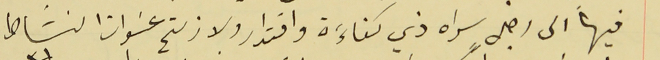
فيها الى رجل سواه ذي كفاءَة واقتدار ولا زلتم عنوان النشاط